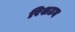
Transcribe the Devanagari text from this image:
रिशटन